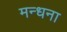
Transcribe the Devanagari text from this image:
मन्धना